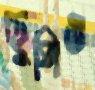
ছুপিও